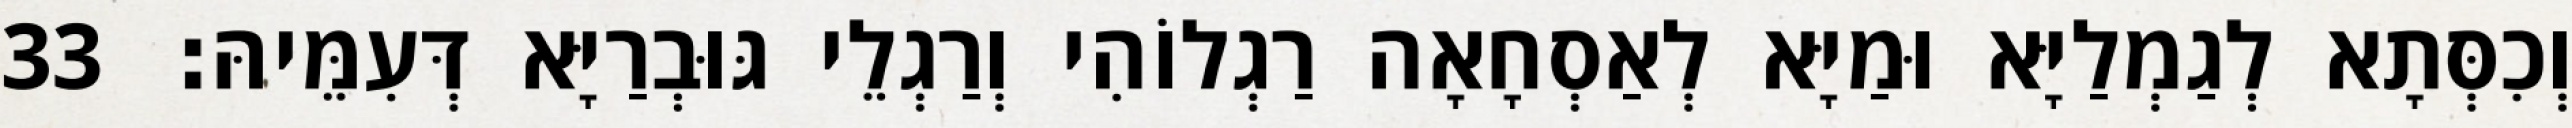
וְכִסְּתָא לְגַמְלַיָּא וּמַיָּא לְאַסְחָאָה רַגְלוֹהִי וְרַגְלֵי גּוּבְרַיָּא דְּעִמֵּיהּ׃ 33